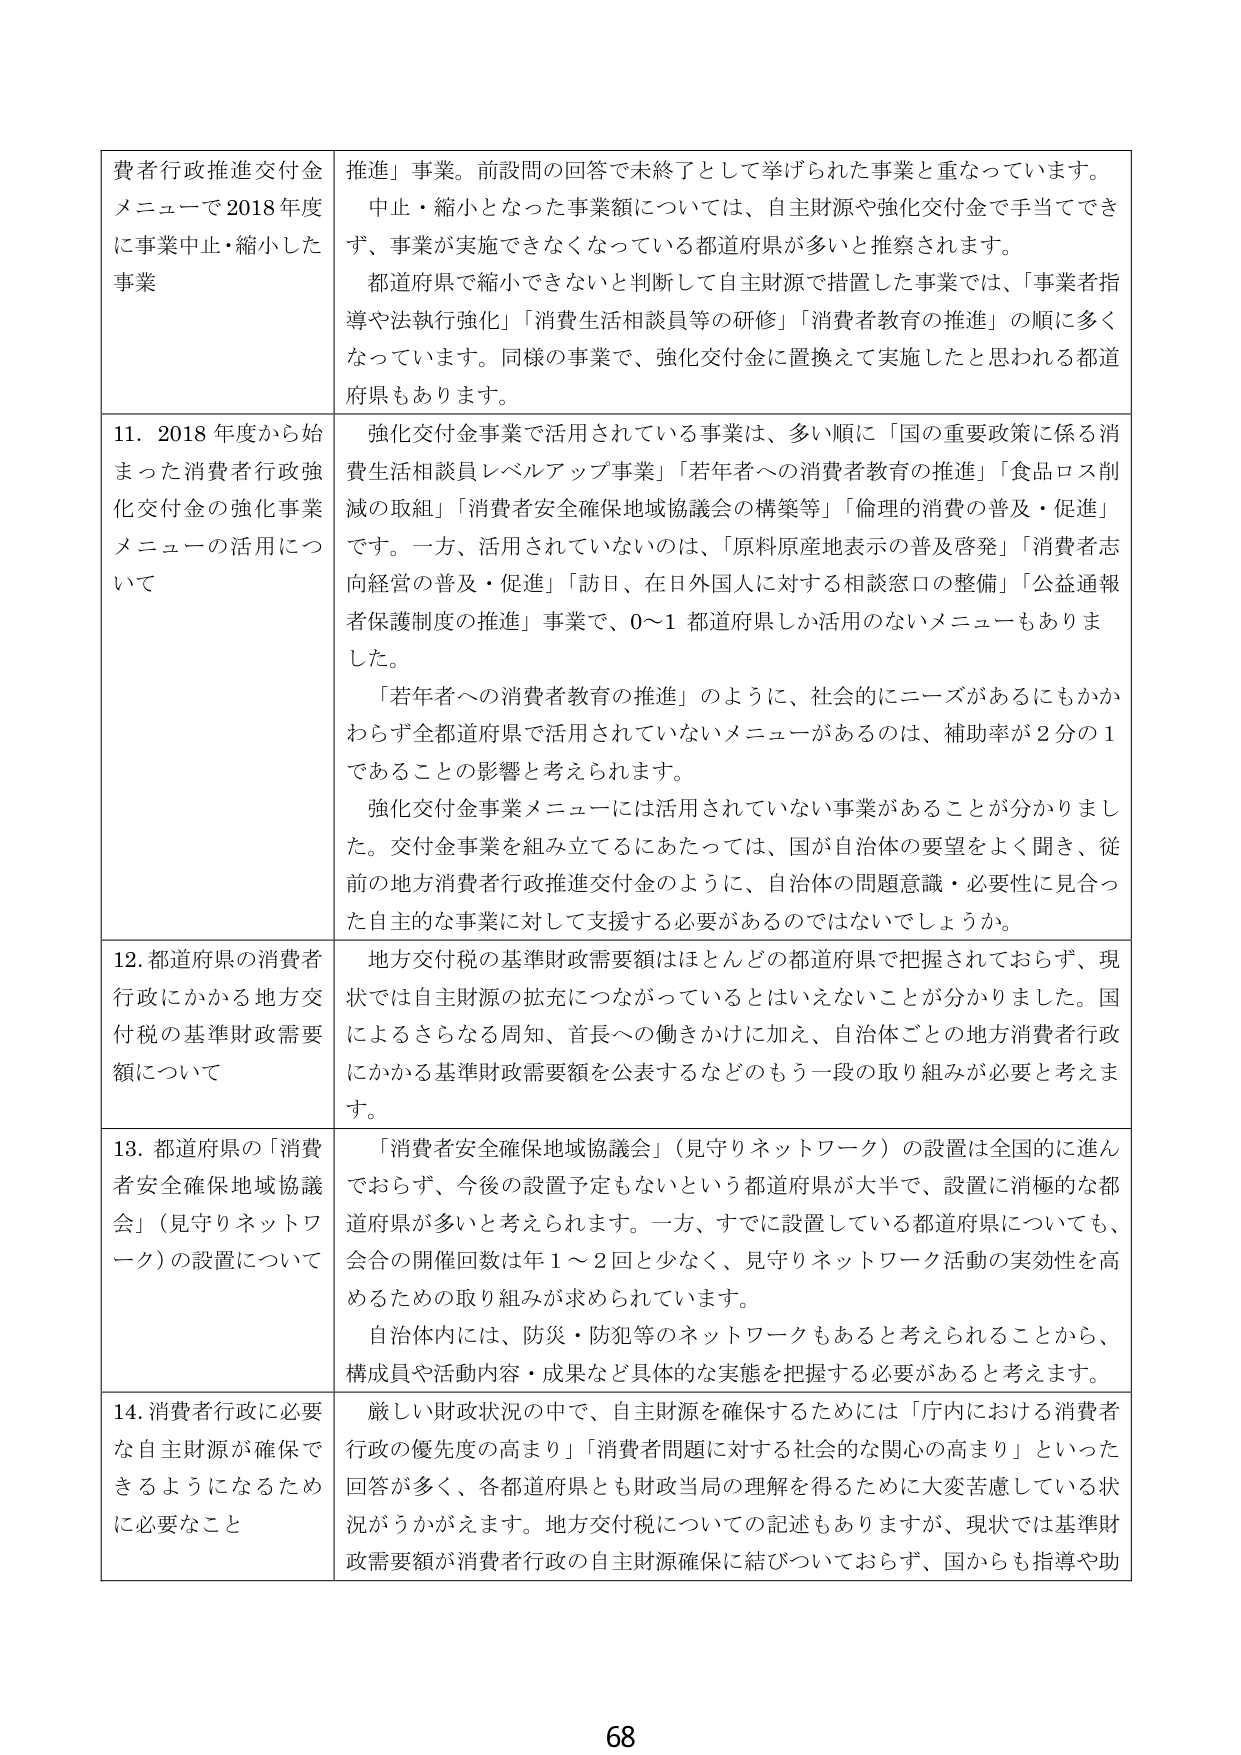
費者行政推進交付金メニューで2018年度に事業中止・縮小した事業

推進」事業。前設問の回答で未終了として挙げられた事業と重なっています。中止・縮小となった事業額については、自主財源や強化交付金で手当てできず、事業が実施できなくなっている都道府県が多いと推察されます。都道府県で縮小できないと判断して自主財源で措置した事業では、「事業者指導や法執行強化」「消費生活相談員等の研修」「消費者教育の推進」の順に多くなっています。同様の事業で、強化交付金に置換えて実施したと思われる都道府県もあります。

11. 2018年度から始まった消費者行政強化交付金の強化事業メニューの活用について

強化交付金事業で活用されている事業は、多い順に「国の重要政策に係る消費生活相談員レベルアップ事業」「若年者への消費者教育の推進」「食品ロス削減の取組」「消費者安全確保地域協議会の構築等」「倫理的消費の普及・促進」です。一方、活用されていないのは、「原料原産地表示の普及啓発」「消費者志向経営の普及・促進」「訪日、在日外国人に対する相談窓口の整備」「公益通報者保護制度の推進」事業で、0～1都道府県しか活用のないメニューもありました。

「若年者への消費者教育の推進」のように、社会的にニーズがあるにもかかわらず全都道府県で活用されていないメニューがあるのは、補助率が2分の1であることの影響と考えられます。

強化交付金事業メニューには活用されていない事業があることが分かりました。交付金事業を組み立てるにあたっては、国が自治体の要望をよく聞き、従前の地方消費者行政推進交付金のように、自治体の問題意識・必要性に見合った自主的な事業に対して支援する必要があるのではないでしょうか。

12. 都道府県の消費者行政にかかる地方交付税の基準財政需要額について

地方交付税の基準財政需要額はほとんどの都道府県で把握されておらず、現状では自主財源の拡充につながっているとはいえないことが分かりました。国によるさらなる周知、首長への働きかけに加え、自治体ごとの地方消費者行政にかかる基準財政需要額を公表するなどのもう一段の取り組みが必要と考えます。

13. 都道府県の「消費者安全確保地域協議会」（見守りネットワーク）の設置について

「消費者安全確保地域協議会」（見守りネットワーク）の設置は全国的に進んでおらず、今後の設置予定もないという都道府県が大半で、設置に消極的な都道府県が多いと考えられます。一方、すでに設置している都道府県についても、会合の開催回数は年1～2回と少なく、見守りネットワーク活動の実効性を高めるための取り組みが求められています。

自治体内には、防災・防犯等のネットワークもあると考えられることから、構成員や活動内容・成果など具体的な実態を把握する必要があると考えます。

14. 消費者行政に必要な自主財源が確保できるようになるために必要なこと

厳しい財政状況の中で、自主財源を確保するためには「庁内における消費者行政の優先度の高まり」「消費者問題に対する社会的な関心の高まり」といった回答が多く、各都道府県とも財政当局の理解を得るために大変苦慮している状況がうかがえます。地方交付税についての記述もありますが、現状では基準財政需要額が消費者行政の自主財源確保に結びついておらず、国からも指導や助

68